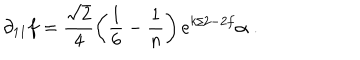
\partial _ { 1 1 } f = \frac { \sqrt { 2 } } { 4 } \left( \frac { 1 } { 6 } - \frac { 1 } { n } \right) e ^ { k / 2 - 2 f } \alpha \; .